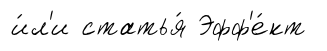
и́л'и статья́ Эфф'е́кт